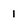
Character: 1